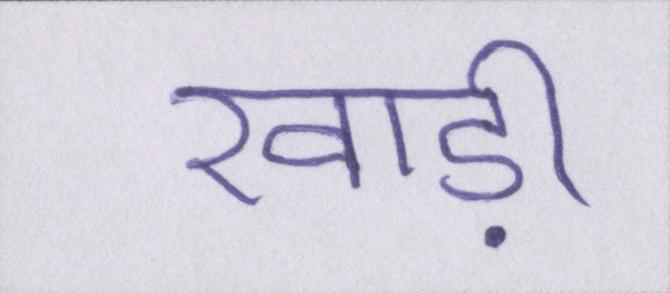
खाड़ी